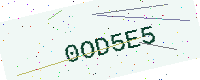
Text: 0OD5E5